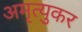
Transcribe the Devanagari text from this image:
अमृत्युकर